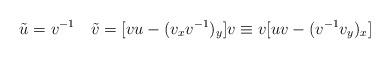
LaTeX: \begin{align*}\tilde u=v^{-1}\quad \tilde v=[vu-(v_x v^{-1})_y]v\equiv v [uv-(v^{-1}v_y)_x]\end{align*}